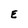
Character: E